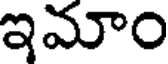
ఇమాం